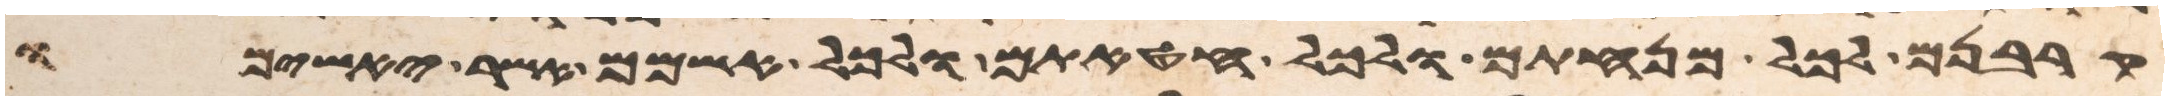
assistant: קרבנם לכל מנחתם ולכל חטאתם ולכל אשמם אשר יאשמו